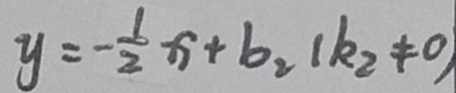
y = - \frac { 1 } { 2 } x + b _ { 2 } ( k _ { 2 } \neq 0 )